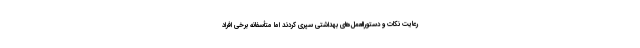
رعایت نکات و دستورالعمل‌های بهداشتی سپری کردند اما متأسفانه برخی افراد